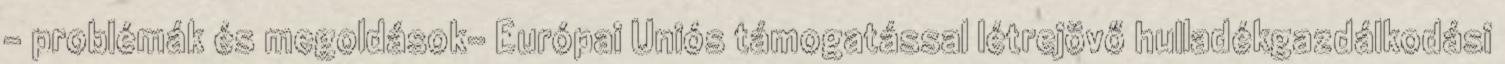
- problémák és megoldások- Európai Uniós támogatással létrejövő hulladékgazdálkodási